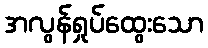
အလွန်ရှုပ်ထွေးသော